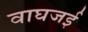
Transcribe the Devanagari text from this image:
वाघजई